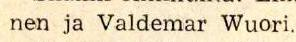
 nen ja Valdemar Wuori.